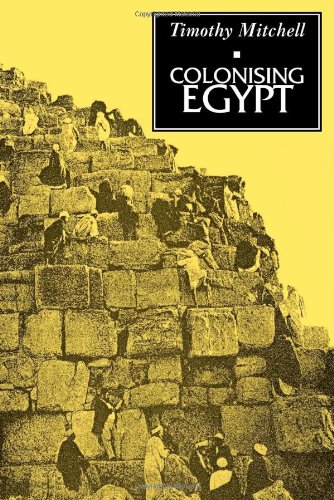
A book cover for Colonising Egypt; Timothy Mitchell; History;